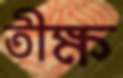
তীক্ষ